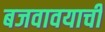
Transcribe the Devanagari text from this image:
बजवावयाची